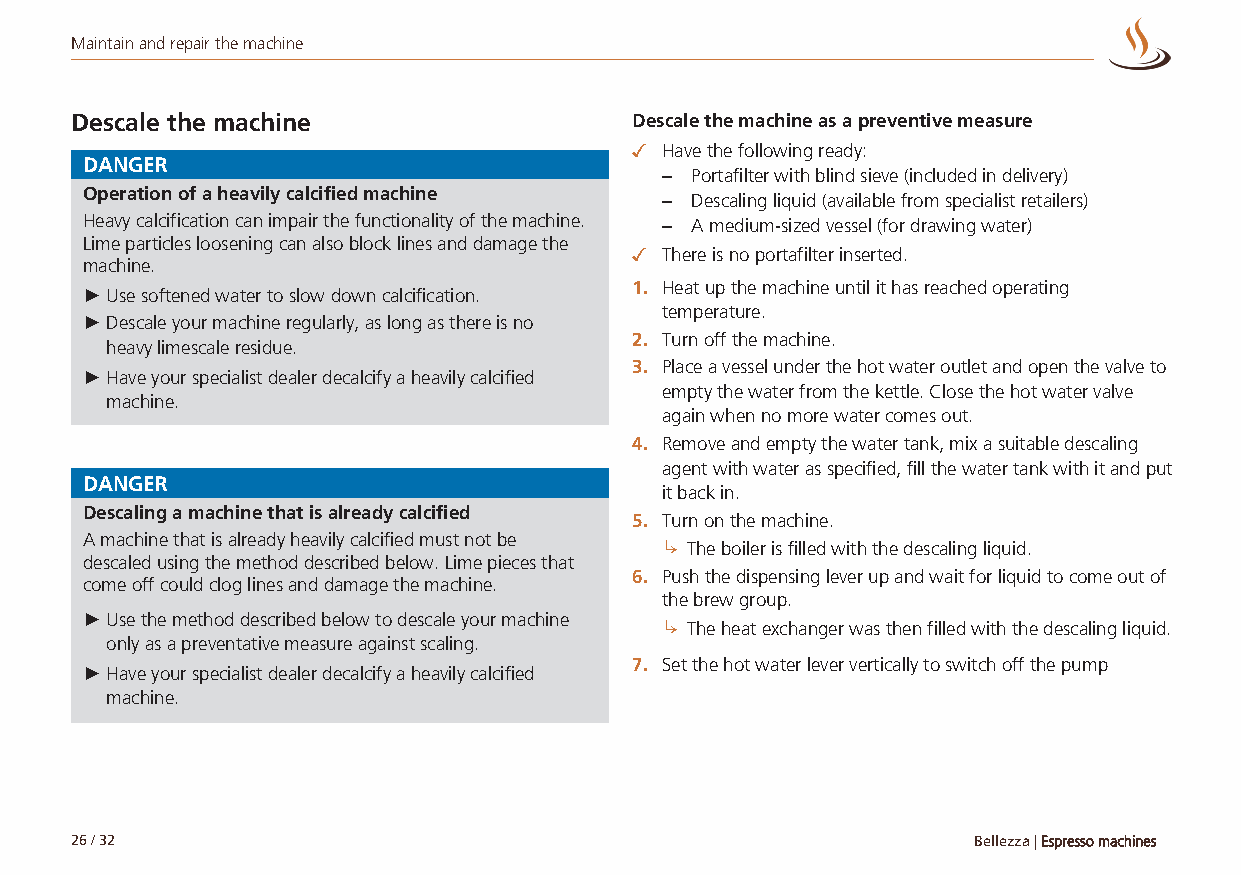
Maintain and repair the machine
 Descale the machine                  Descale the machine as a preventive measure
 ✓ Have the following ready:
 DANGER
 – Portafilter with blind sieve (included in delivery)
 Operation of a heavily calcified machine
 – Descaling liquid (available from specialist retailers)
 Heavy calcification can impair the functionality of the machine. – A medium-sized vessel (for drawing water)
 Lime particles loosening can also block lines and damage the
 ✓ There is no portafilter inserted.
 machine.
 1. Heat up the machine until it has reached operating
 ►Use softened water to slow down calcification.
 temperature.
 ►Descale your machine regularly, as long as there is no
 2. Turn off the machine.
 heavy limescale residue.
 3. Place a vessel under the hot water outlet and open the valve to
 ►Have your specialist dealer decalcify a heavily calcified
 empty the water from the kettle. Close the hot water valve
 machine.
 again when no more water comes out.
 4. Remove and empty the water tank, mix a suitable descaling
 agent with water as specified, fill the water tank with it and put
 DANGER
 it back in.
 Descaling a machine that is already calcified
 5. Turn on the machine.
 A machine that is already heavily calcified must not be ↳ The boiler is filled with the descaling liquid.
 descaled using the method described below. Lime pieces that
 6. Push the dispensing lever up and wait for liquid to come out of
 come off could clog lines and damage the machine.
 the brew group.
 ►Use the method described below to descale your machine ↳ The heat exchanger was then filled with the descaling liquid.
 only as a preventative measure against scaling.
 7. Set the hot water lever vertically to switch off the pump
 ►Have your specialist dealer decalcify a heavily calcified
 machine.
 26 / 32                                                    Bellezza | Espresso machines